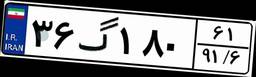
۰۲گ۱۷۳۹۰